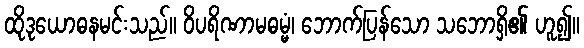
ထိုဒုယောဓနမင်းသည်။ ဝိပရိဏာမဓမ္မံ၊ ဘောက်ပြန်သော သဘောရှိ၏ ဟူ၍။